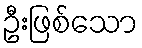
ဦးဖြစ်သော